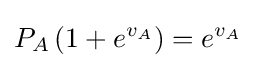
P_{A}\left(1+e^{v_{A}}\right)=e^{v_{A}}